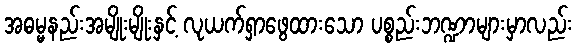
အဓမ္မနည်းအမျိုးမျိုးနှင့် လုယက်ရှာဖွေထားသော ပစ္စည်းဘဏ္ဍာများမှာလည်း